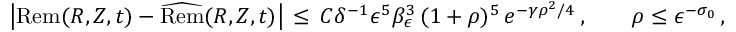
\big | \mathrm { R e m } ( R , Z , t ) - \widehat \mathrm { R e m } ( R , Z , t ) \big | \, \le \, C \delta ^ { - 1 } \epsilon ^ { 5 } \beta _ { \epsilon } ^ { 3 } \, ( 1 + \rho ) ^ { 5 } \, e ^ { - \gamma \rho ^ { 2 } / 4 } \, , \qquad \rho \le \epsilon ^ { - \sigma _ { 0 } } \, ,